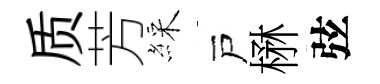
质芳綵戸楙弦